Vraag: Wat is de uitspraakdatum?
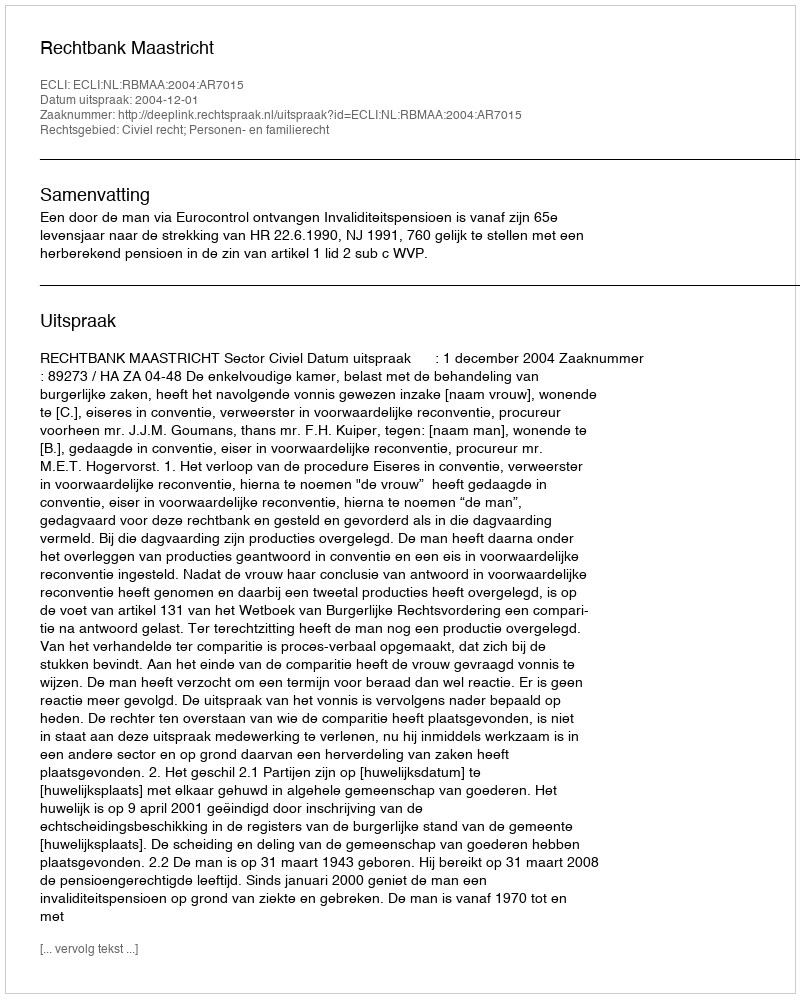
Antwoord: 2004-12-01